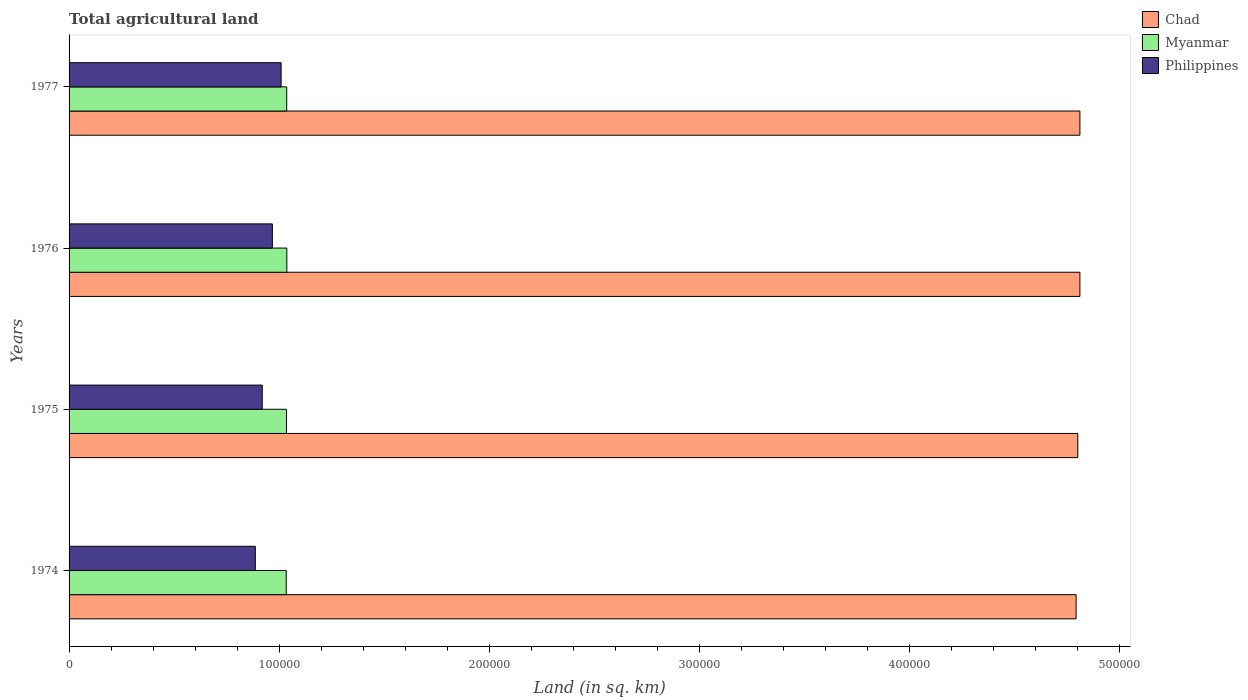
| Years | Chad | Myanmar | Philippines |
 | --- | --- | --- | --- |
 | 1974 | 4.79e+05 | 1.03e+05 | 8.86e+04 |
 | 1975 | 4.8e+05 | 1.03e+05 | 9.19e+04 |
 | 1976 | 4.81e+05 | 1.04e+05 | 9.67e+04 |
 | 1977 | 4.81e+05 | 1.04e+05 | 1.01e+05 |